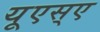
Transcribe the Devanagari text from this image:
यूएस्‌ए